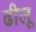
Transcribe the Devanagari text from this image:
ढीलू